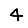
Digit: 4